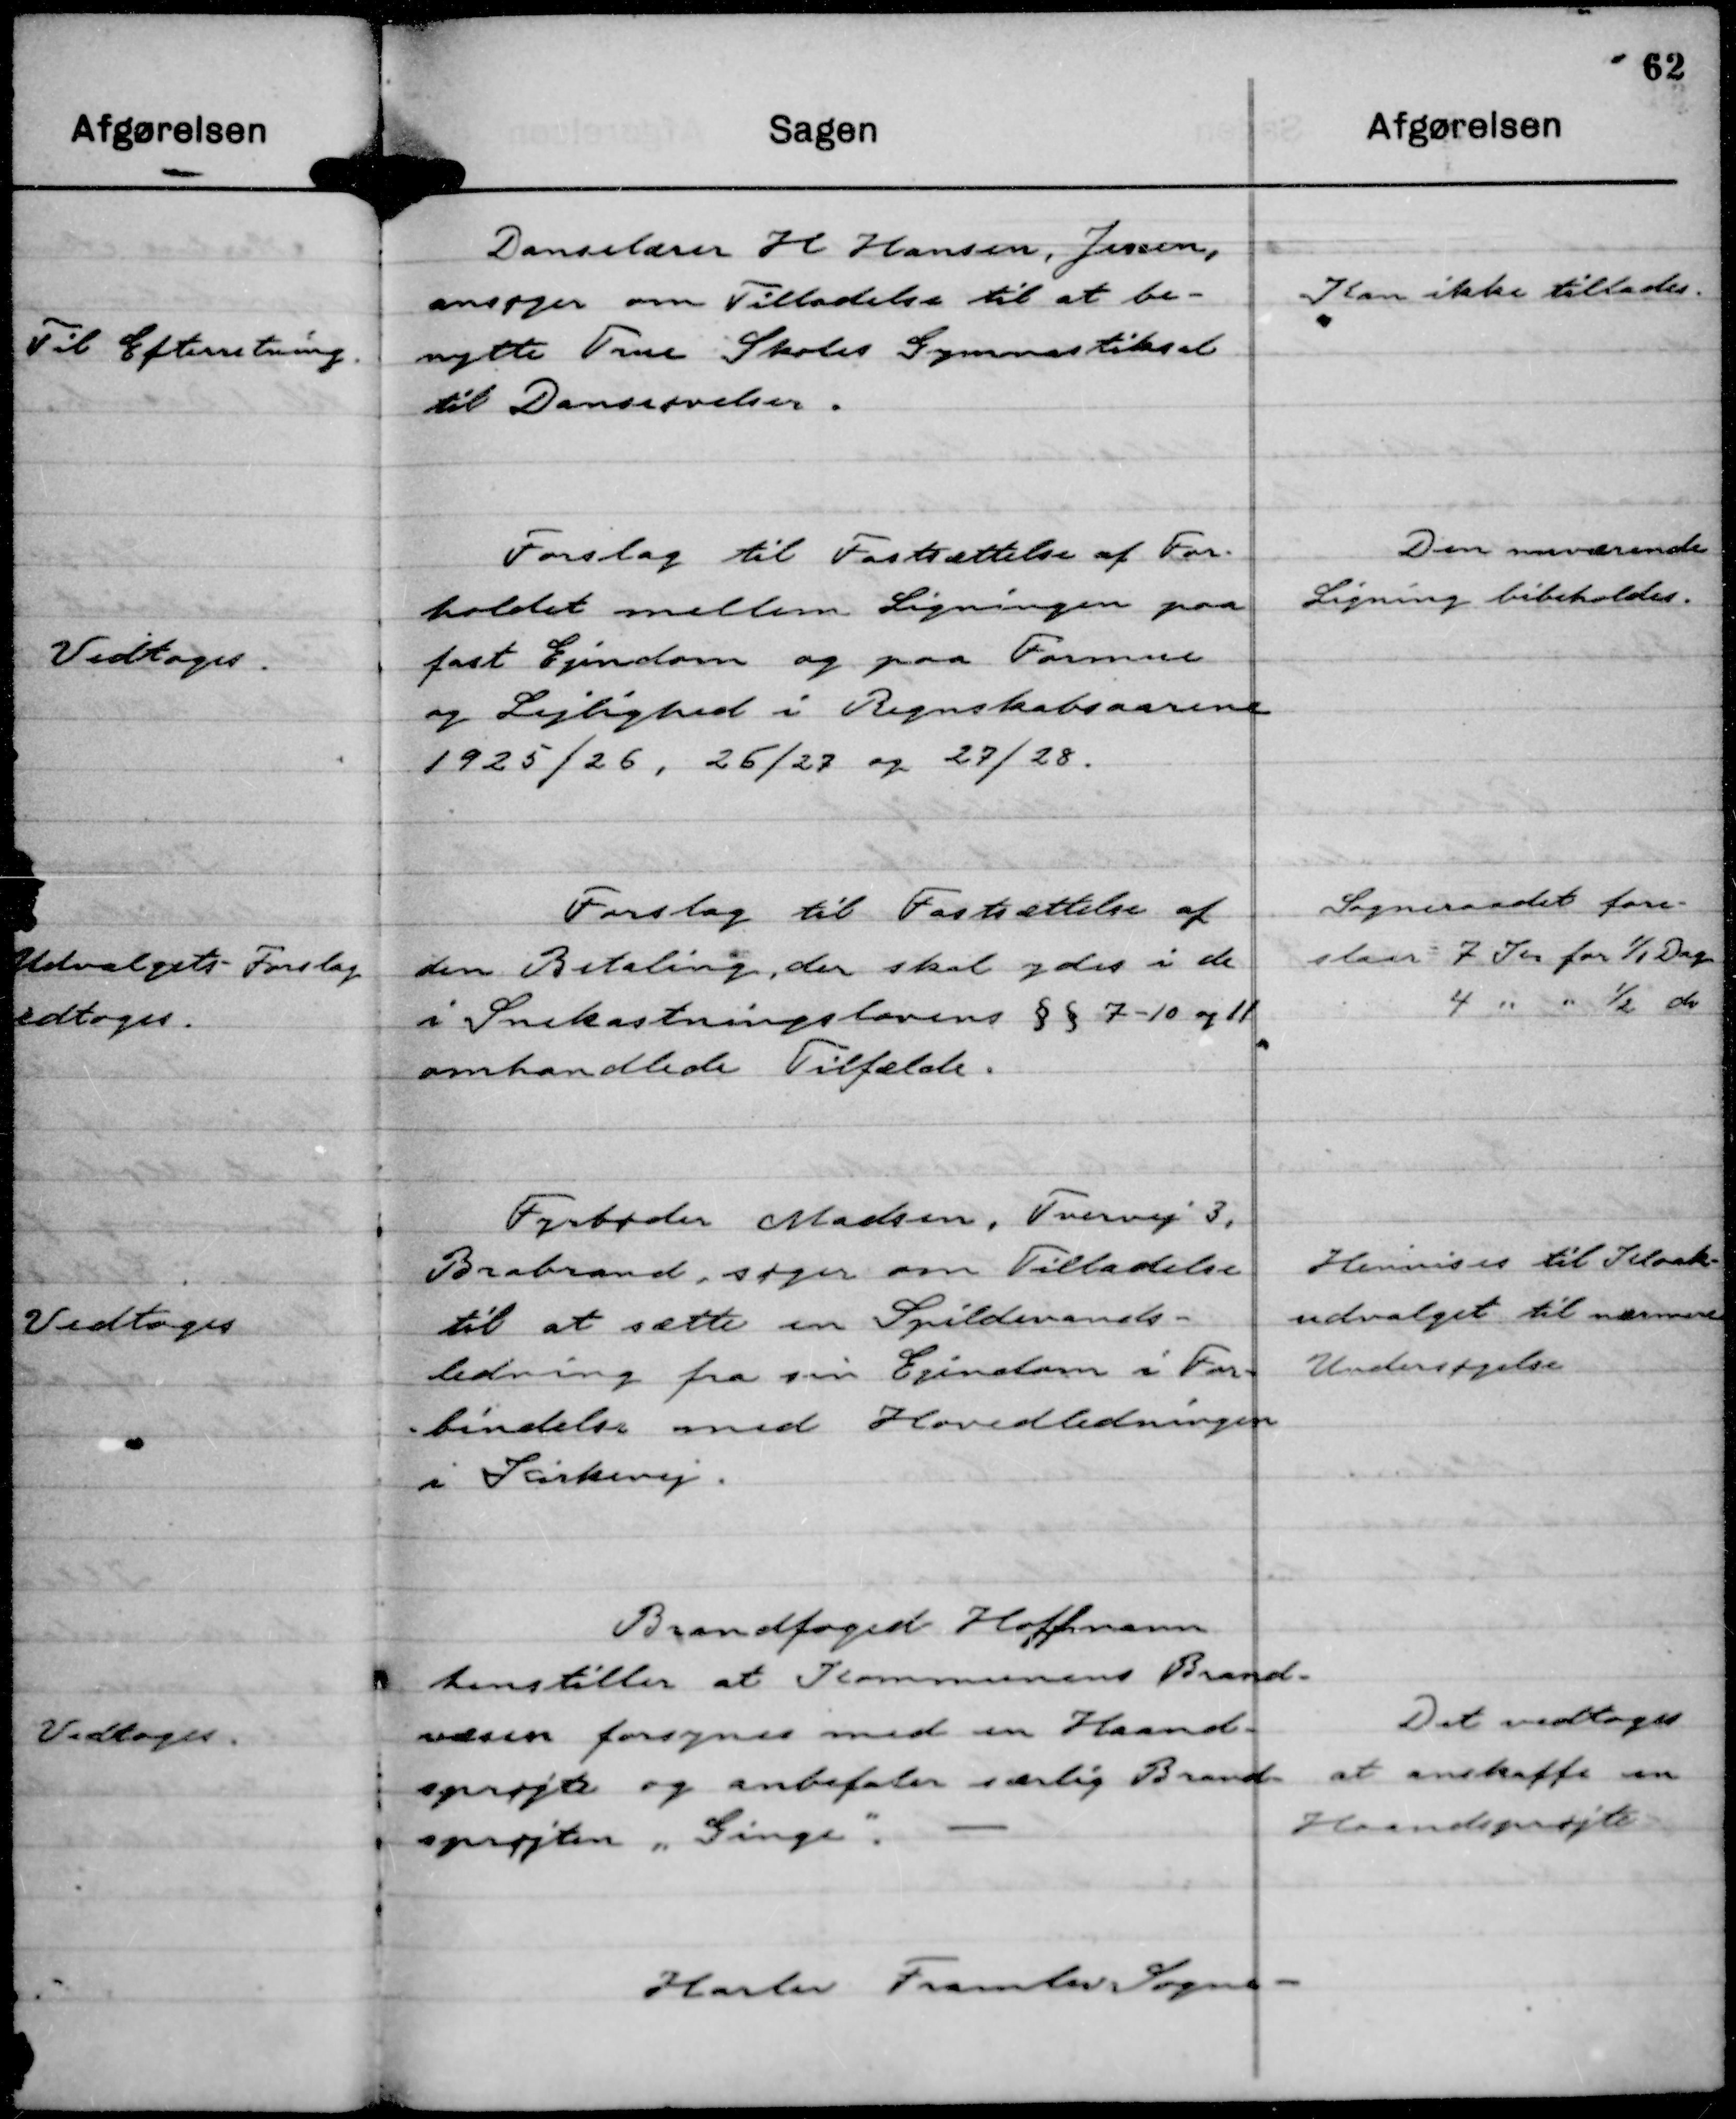
Transskription:
Danselærer H Hansen, Jensen,
ansøger om Tilladelse til at be-
nytte True Skoles Gymnastiksal
til Danseøvelser.

Kan ikke tillades.

Forslag til Fastsættelse af For-
holdet mellem Ligningen paa
fast Ejendom og paa Formue
og Lejlighed i Regnskabsaarene
1925/26, 26/27 og 27/28.

Den nuværende
Ligning bibeholdes.

Forslag til Fastsættelse af
den Betaling, der skal ydes i de
i Snekastningslovens § § 7 - 10 og 11
omhandlede Tilfælde.

Sogneraadet fore-
slaar 7 Kr for 1/1 Dag
4 " " ½ do

Fyrbøder Madsen, Tvervej 3,
Brabrand, søger om Tilladelse
til at sætte en Spildevands-
ledning fra sin Ejendom i For-
bindelse med Hovedledningen
i Kirkevej.

Henvises til Kloak-
udvalget til nærmere
Undersøgelse

Brandfoged Hoffmann
henstiller at Kommunens Brand-
væsen forsynes med en Haand-
sprøjte og anbefaler særlig Brand-
sprøjten "Ginge"

Det vedtoges
at anskaffe en
Haandsprøjte

Harlev Framlev Sogne-